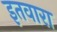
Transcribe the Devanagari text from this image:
इतवारा